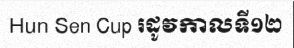
Hun Sen Cup រដូវកាលទី១២